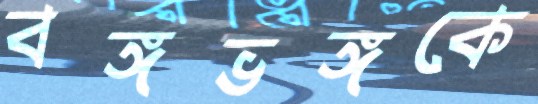
বঙ্গভঙ্গকে